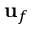
\mathbf { u } _ { f }